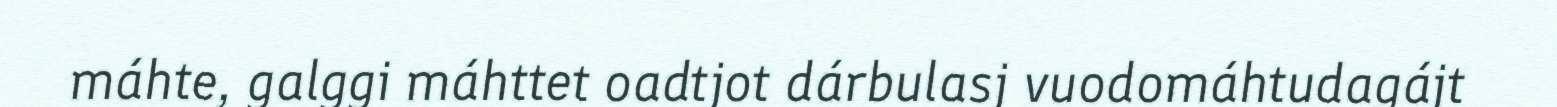
máhte, galggi máhttet oadtjot dárbulasj vuodomáhtudagájt